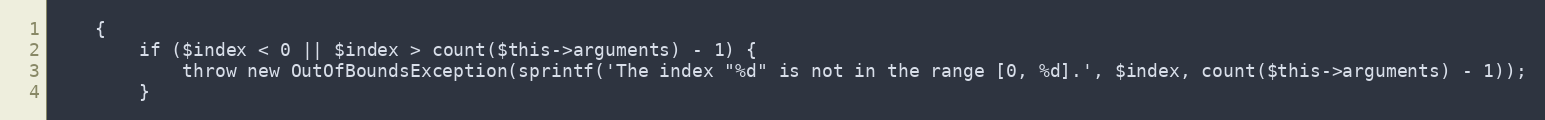
Language: PHP
    {
        if ($index < 0 || $index > count($this->arguments) - 1) {
            throw new OutOfBoundsException(sprintf('The index "%d" is not in the range [0, %d].', $index, count($this->arguments) - 1));
        }